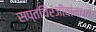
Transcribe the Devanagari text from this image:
सप्तचिरंजीवांमध्ये